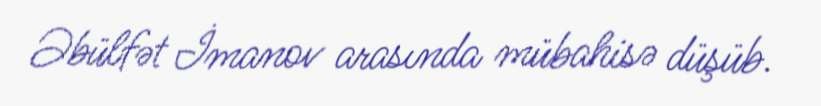
Əbülfət İmanov arasında mübahisə düşüb.